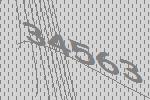
34563